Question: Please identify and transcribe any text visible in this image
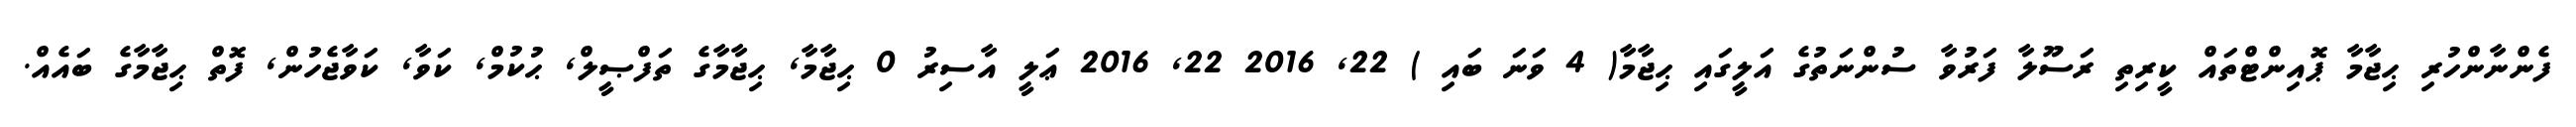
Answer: ފެންނާންހުރި ޙިޖާމާ ޕޮއިންޓްތައް ކީރިތި ރަސޫލާ ފަރުވާ ސުންނަތުގެ އަލީގައި ޙިޖާމާ( 4 ވަނަ ބައި ) 22, 2016 22, 2016 ޢަލީ އާސިރު 0 ޙިޖާމާ, ޙިޖާމާގެ ތަފްޞީލް, ޙުކުމް, ކަވާ, ކަވާޖެހުން, ފޮތް ޙިޖާމާގެ ބައެއް.